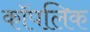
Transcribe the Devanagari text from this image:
कॉपलिक